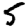
Digit: 5